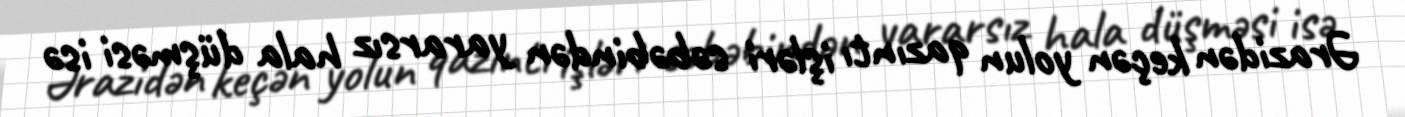
Ərazidən keçən yolun qazıntı işləri səbəbindən yararsız hala düşməsi isə